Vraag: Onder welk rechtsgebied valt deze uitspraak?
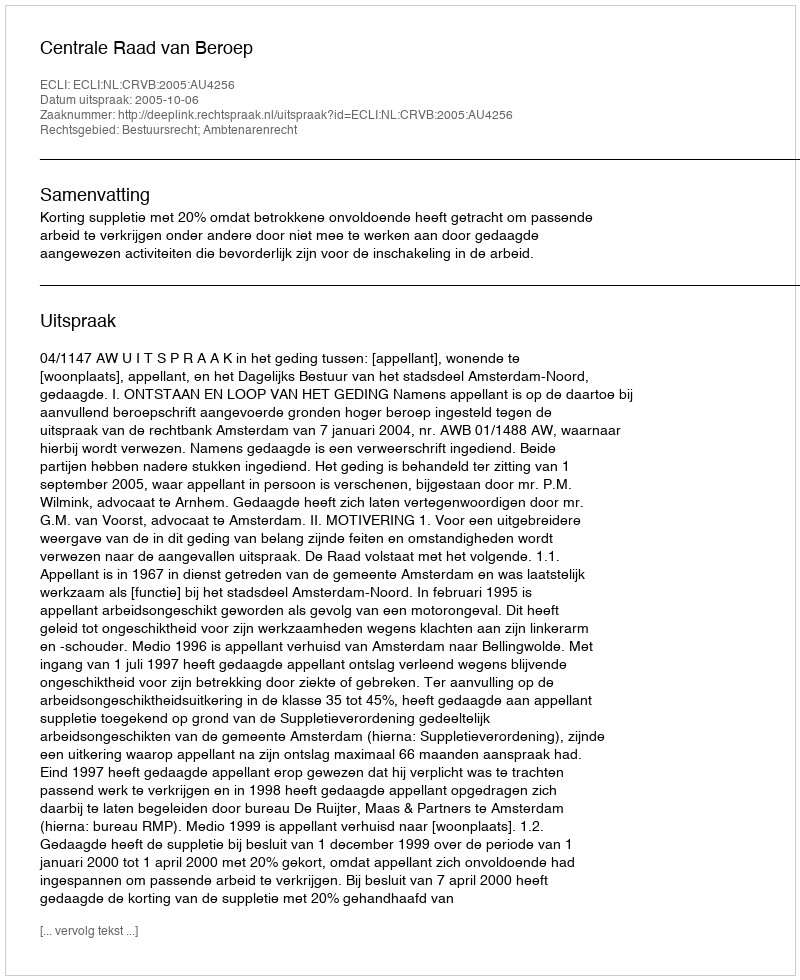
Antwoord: Bestuursrecht; Ambtenarenrecht